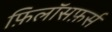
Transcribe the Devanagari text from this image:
फ़िलॉसफ़र्स